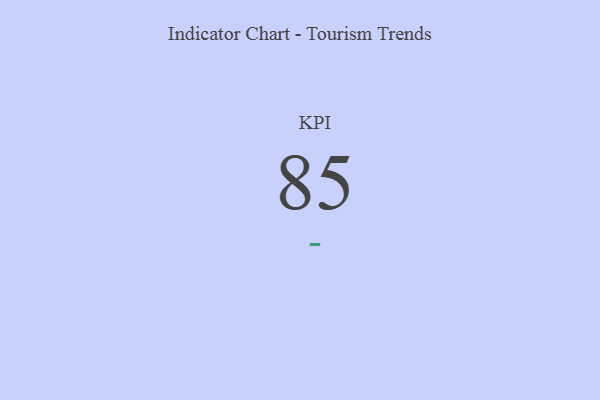
{"axis": {"x": "KPI", "y": "Value"}, "legend": [""], "data": [{"x": "KPI", "y": 85, "type": ""}]}